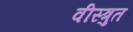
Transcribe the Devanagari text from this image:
वीस्त्रुत